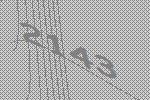
2143